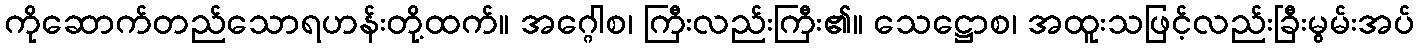
ကိုဆောက်တည်သောရဟန်းတို့ထက်။ အဂ္ဂေါစ၊ ကြီးလည်းကြီး၏။ သေဋ္ဌောစ၊ အထူးသဖြင့်လည်းခြီးမွမ်းအပ်